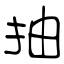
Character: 抽